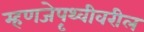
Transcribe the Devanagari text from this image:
म्हणजेपृथ्वीवरील